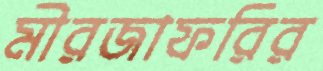
মীরজাফরির